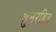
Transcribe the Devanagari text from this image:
धुनरहित